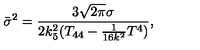
{ \bar { \sigma } } ^ { 2 } = \frac { 3 \sqrt { 2 \pi } \sigma } { 2 k _ { 5 } ^ { 2 } ( T _ { 4 4 } - \frac { 1 } { 1 6 k ^ { 2 } } T ^ { 4 } ) } ,